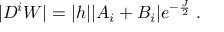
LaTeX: | D ^ { i } W | = | h | | A _ { i } + B _ { i } | e ^ { - \frac { J } { 2 } } \; .